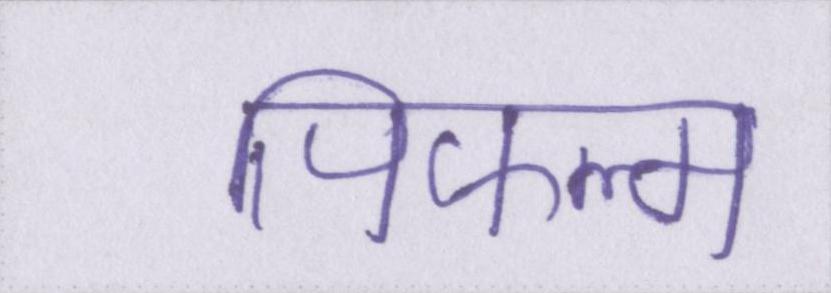
पिफल्म